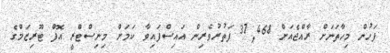
ފަހުން މިހާތަނަށް ރާއްޖެއަށް 37